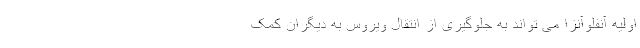
اولیه آنفلوآنزا می تواند به جلوگیری از انتقال ویروس به دیگران کمک